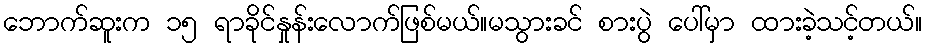
ဘောက်ဆူးက ၁၅ ရာခိုင်နှုန်းလောက်ဖြစ်မယ်။မသွားခင် စားပွဲ ပေါ်မှာ ထားခဲ့သင့်တယ်။